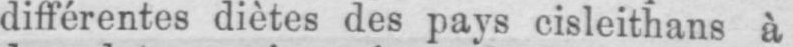
différentes diètes des pays cisleithans à